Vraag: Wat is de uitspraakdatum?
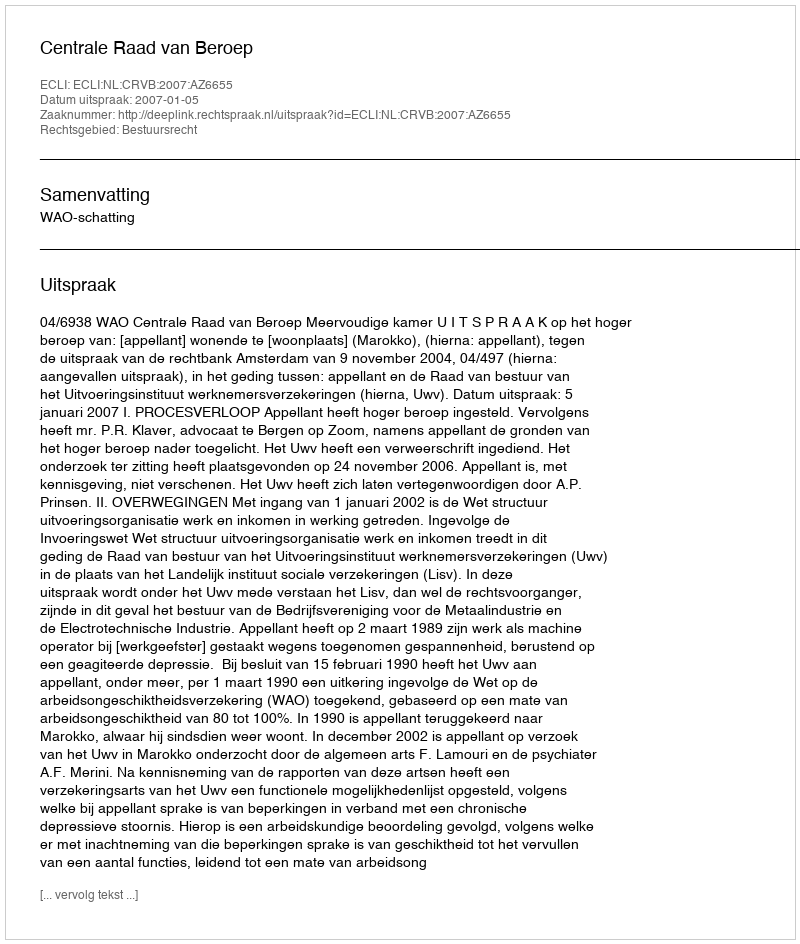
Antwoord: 2007-01-05